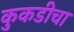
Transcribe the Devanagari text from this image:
कुकडीचा